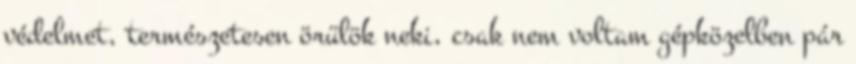
védelmet, természetesen örülök neki, csak nem voltam gépközelben pár